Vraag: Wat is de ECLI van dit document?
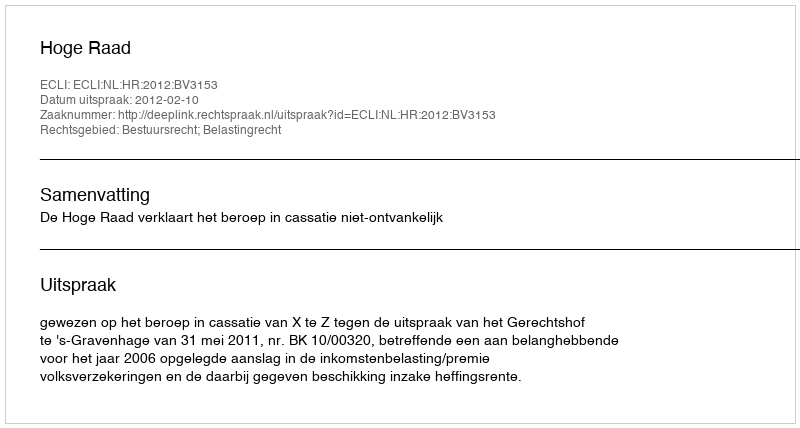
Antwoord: ECLI:NL:HR:2012:BV3153